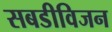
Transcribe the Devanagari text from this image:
सबडीविजन